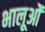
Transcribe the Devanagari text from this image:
भालूओंं